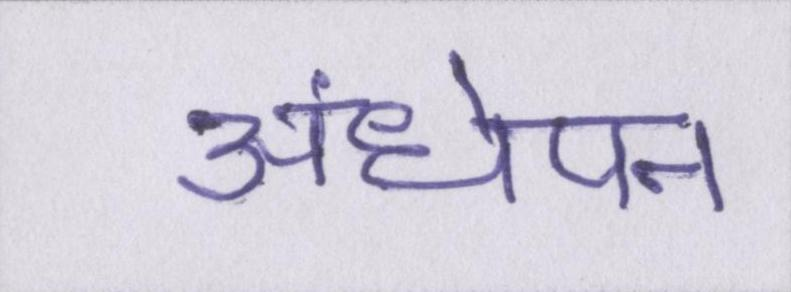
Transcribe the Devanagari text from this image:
अंधेपन